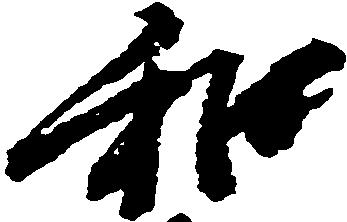
和